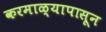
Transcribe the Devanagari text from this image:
करमाळ्यापासून